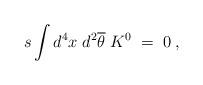
LaTeX: \begin{align*}s\int d^4x\;d^2\overline{\theta }\;K^0{{\;}}=\;0\;, \end{align*}